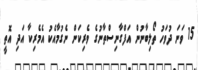
15 ވަނަ ދުވަހު ތޯލިބާނުން އަފްގާނިސްތާނުގެ ވެރިކަން ނެގުމާއެކު އެމެރިކާ އަދި އޮތީ